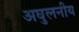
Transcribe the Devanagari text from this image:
अघुलनीय